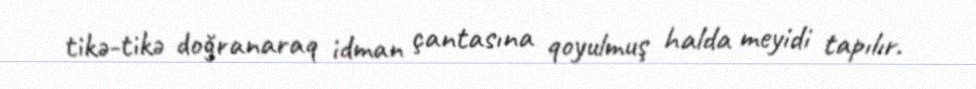
tikə-tikə doğranaraq idman çantasına qoyulmuş halda meyidi tapılır.